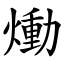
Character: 㷲